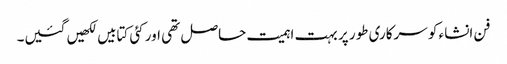
فن انشاء کو سرکاری طور پر بہت اہمیت حاصل تھی اور کئی کتابیں لکھیں گئیں۔